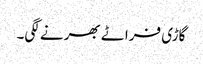
گاڑی فراٹے بھرنے لگی۔